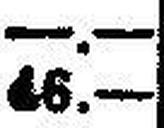
46.—